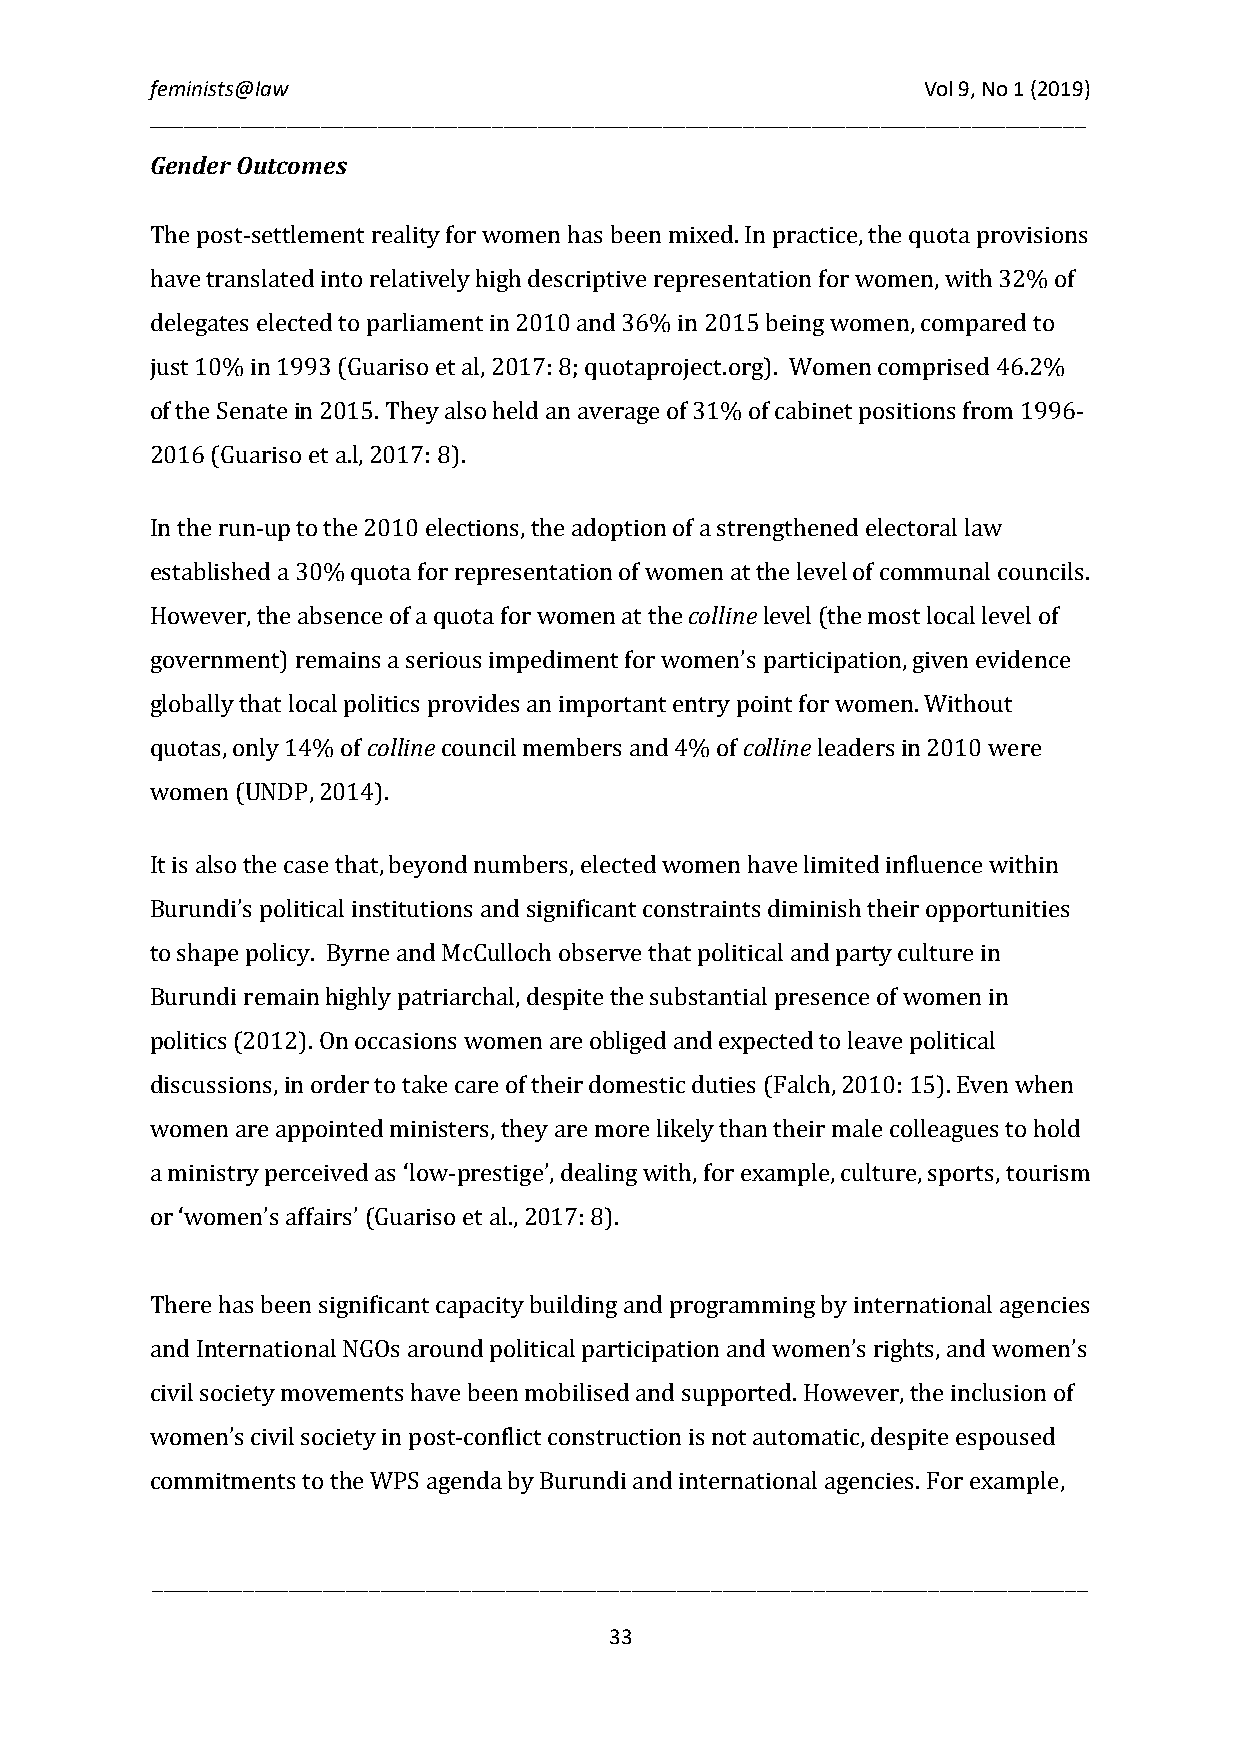
feminists@law                                      Vol 9, No 1 (2019)
 __________________________________________________________________________________
 Gender Outcomes
 The post-settlement reality for women has been mixed. In practice, the quota provisions
 have translated into relatively high descriptive representation for women, with 32% of
 delegates elected to parliament in 2010 and 36% in 2015 being women, compared to
 just 10% in 1993 (Guariso et al, 2017: 8; quotaproject.org). Women comprised 46.2%
 of the Senate in 2015. They also held an average of 31% of cabinet positions from 1996-
 2016 (Guariso et a.l, 2017: 8).
 In the run-up to the 2010 elections, the adoption of a strengthened electoral law
 colline
 established a 30% quota for representation of women at the level of communal councils.
 However, the absence of a quota for women at the level (the most local level of
 government) remains a serious impediment for women’s participation, given evidence
 colline                  colline
 globally that local politics provides an important entry point for women. Without
 quotas, only 14% of council members and 4% of leaders in 2010 were
 women (UNDP, 2014).
 It is also the case that, beyond numbers, elected women have limited influence within
 Burundi’s political institutions and significant constraints diminish their opportunities
 to shape policy. Byrne and McCulloch observe that political and party culture in
 Burundi remain highly patriarchal, despite the substantial presence of women in
 politics (2012). On occasions women are obliged and expected to leave political
 discussions, in order to take care of their domestic duties (Falch, 2010: 15). Even when
 women are appointed ministers, they are more likely than their male colleagues to hold
 a ministry perceived as ‘low-prestige’, dealing with, for example, culture, sports, tourism
 or ‘women’s affairs’ (Guariso et al., 2017: 8).
 There has been significant capacity building and programming by international agencies
 and International NGOs around political participation and women’s rights, and women’s
 civil society movements have been mobilised and supported. However, the inclusion of
 women’s civil society in post-conflict construction is not automatic, despite espoused
 commitments to the WPS agenda by Burundi and international agencies. For example,
 __________________________________________________________________________________
 33